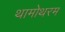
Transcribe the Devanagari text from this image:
थामोथरम